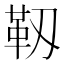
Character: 靱